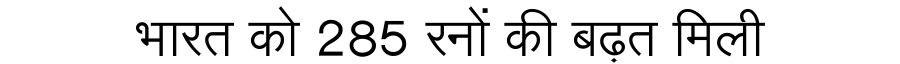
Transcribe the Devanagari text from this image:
भारत को 285 रनों की बढ़त मिली